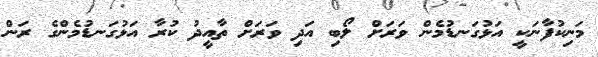
މަނިކުފާނަކީ އަޅުގަނޑުމެން ވަރަށް ލޯބި އަދި ވަރަށް ތާއީދު ކުރާ އަޅުގަނޑުމެންގެ ރަން